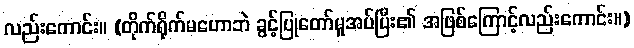
လည်းကောင်း။ (တိုက်ရိုက်မဟောဘဲ ခွင့်ပြုတော်မူအပ်ပြီး၏ အဖြစ်ကြောင့်လည်းကောင်း။)